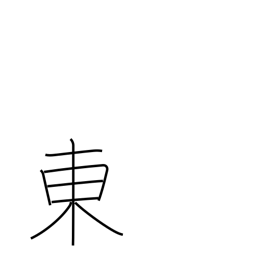
Meaning: east